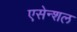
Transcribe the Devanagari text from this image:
एसेन्शल